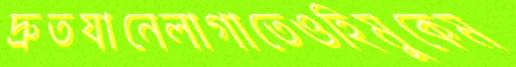
দ্রুতযানেলাগাতেওহিমুকেম